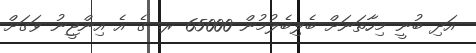
އަދި ބުނީ މިހާތަނަށް ބެލިބެލުމުން 65000 ރ. ގެ އެ އިންޖީނު ވަގަށް